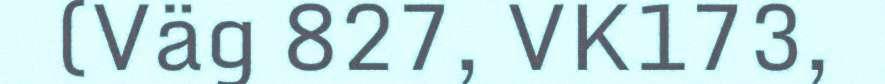
(Väg 827, VK173,